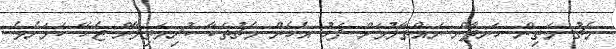
މެޗު މަތިން ހަނދާން ނައްތާލުމަށް ފަހު އެހެން މެޗުތަކާ ކުރިމަތިލާން ޖެހޭ ކަމަށެވެ.